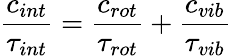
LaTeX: \frac{c_{int}}{\tau_{int}}=\frac{c_{rot}}{\tau_{rot}}+\frac{c_{vib}}{\tau_{vib}}